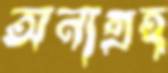
অনাগ্রহ